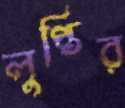
লুপ্তির